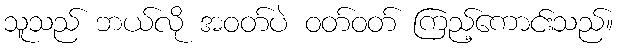
သူသည် ဘယ်လို အဝတ်ပဲ ဝတ်ဝတ် ကြည့်ကောင်းသည်။